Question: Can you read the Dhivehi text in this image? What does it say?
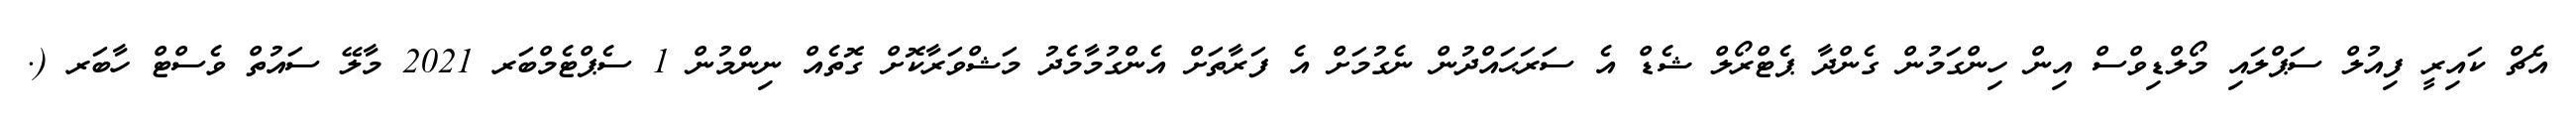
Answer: އެޗް ކައިރީ ފިއުލް ސަޕްލައި މޯލްޑިވްސް އިން ހިންގަމުން ގެންދާ ޕެޓްރޯލް ޝެޑް އެ ސަރަޙައްދުން ނެގުމަށް އެ ފަރާތަށް އެންގުމާމެދު މަޝްވަރާކޮށް ގޮތެއް ނިންމުން 1 ސެޕްޓެމްބަރ 2021 މާލޭ ސައުތް ވެސްޓް ހާބަރ (.